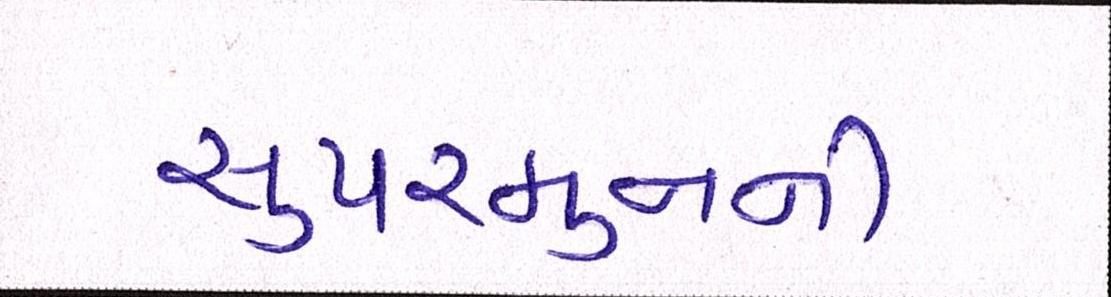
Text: સુપરમુનની